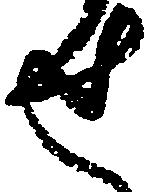
せ